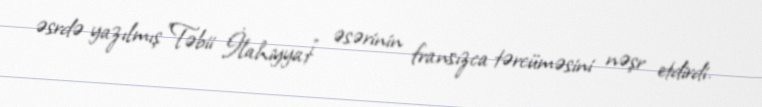
əsrdə yazılmış "Təbii İlahiyyat" əsərinin fransızca tərcüməsini nəşr etdirdi.